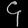
Digit: ၄